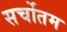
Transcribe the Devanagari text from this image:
सर्चोतम